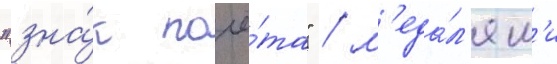
"зна́к почё́та" / м'еда́л'ям'и